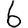
Digit: 6